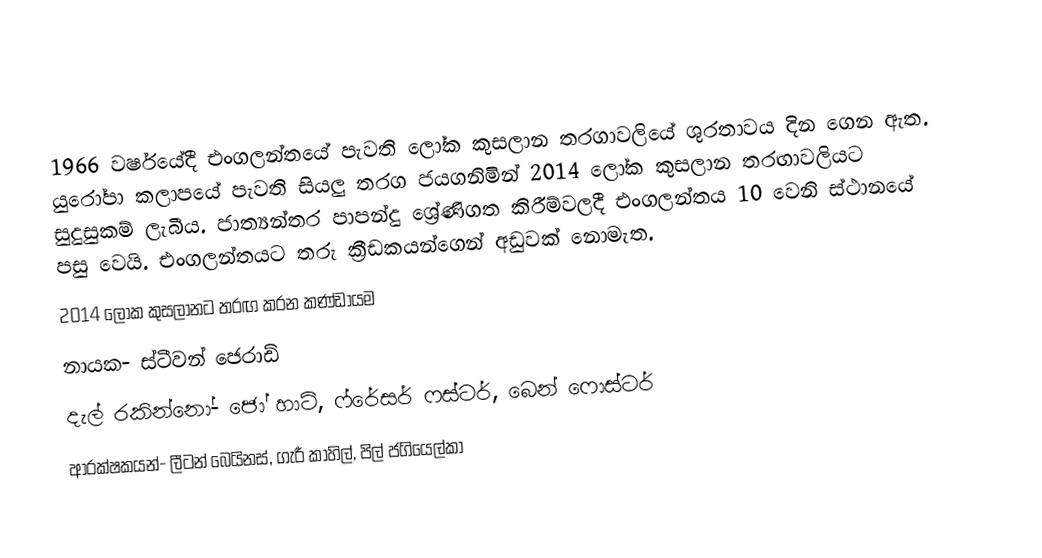
1966 වර්ෂයේදී එංගලන්තයේ පැවති ලෝක කුසලාන තරගාවලියේ ශුරතාවය දින ගෙන ඇත. යුරෝපා කලාපයේ පැවති සියලු තරග ජයගනිමින් 2014 ලෝක කුසලාන තරඟාවලියට සුදුසුකම් ලැබීය. ජාත්‍යන්තර පාපන්දු ශ්‍රේණිගත කිරීම්වලදී එංගලන්තය 10 වෙනි ස්ථානයේ පසු වෙයි. එංගලන්තයට තරු ක්‍රීඩකයන්ගෙන් අඩුවක් නොමැත.
2014 ලෝක කුසලානට තරඟ කරන කණ්ඩායම
නායක- ස්ටීවන් ජෙරාඩ්
දැල් රකින්නෝ- ජෝ හාට්, ෆ්රේසර් ෆස්ටර්, බෙන් ෆොස්ටර්
ආරක්ෂකයන්- ලීටන් බෙයිනස්, ගැරී කාහිල්, පිල් ජගියෙල්කා